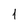
Character: 1